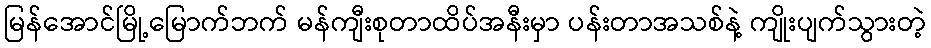
မြန်အောင်မြို့မြောက်ဘက် မန်ကျီးစုတာထိပ်အနီးမှာ ပန်းတာအသစ်နဲ့ ကျိုးပျက်သွားတဲ့